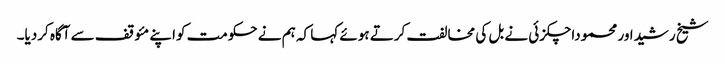
شیخ رشیداور محموداچکزئی نے بل کی مخالفت کرتے ہوئے کہا کہ ہم نے حکومت کواپنے مئوقف سے آگاہ کردیا۔